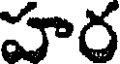
హర